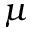
\mu